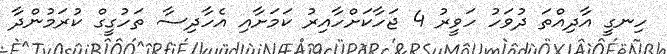
ހިނގީ އާދިއްތަ ދުވަހު ހަވީރު 4 ޖަހާކަށްހާއިރު ކަމަށާއި އެހާދިސާ ތަހުގީގް ކުރަމުންދާ